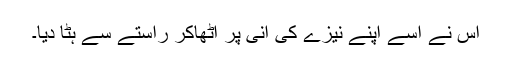
اس نے اسے اپنے نیزے کی انی پر اٹھاکر راستے سے ہٹا دیا۔